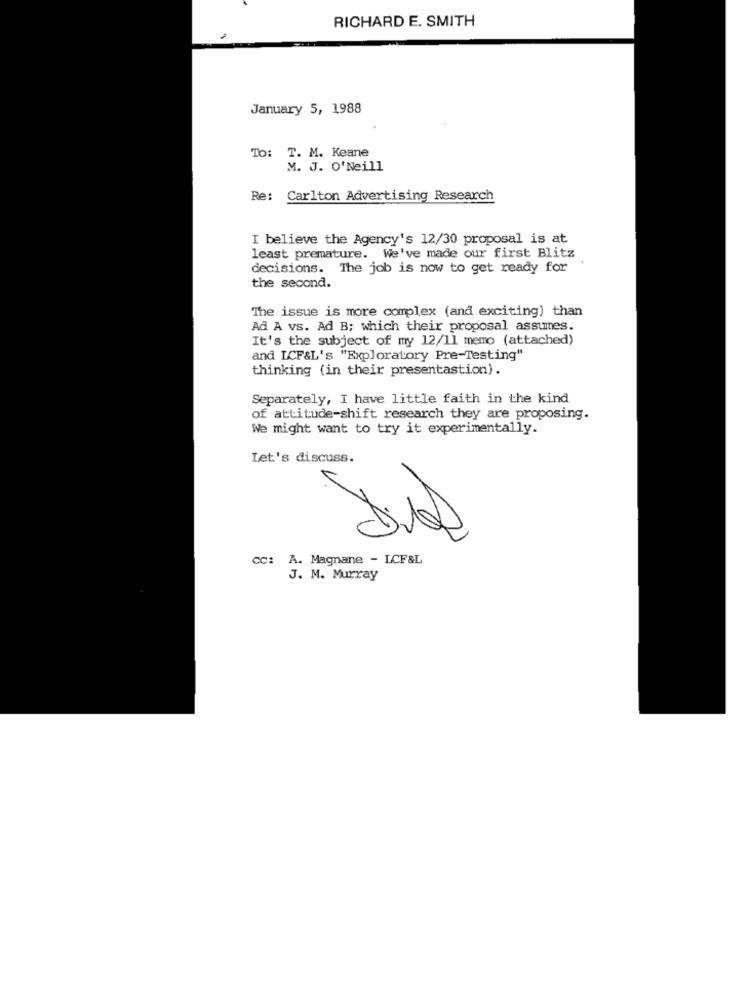
RICHARD E. SMITH
January 5, 1988
To
T. M. Keane
M. J. O'Neill
Re: Carlton Advertising Research
I believe the Agency's 12/30 proposal is at
least premature.
We've made our first Blitz
decisions. The job is now to get ready for
the second.
The issue is more complex (and exciting) than
Ad A vs. Ad B; which their proposal assumes.
It's the subject of my 12/11 memo (attached)
and LCF&L's "Exploratory Pre-Testing"
thinking (in their presentastion).
Separately, I have little faith in the kind
of attitude-shift research they are proposing.
We might want to try it experimentally.
Let's discuss.
cc: A. Magnane - LCF&L
J. M. Murray